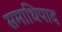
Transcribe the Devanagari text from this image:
समाधिपाद